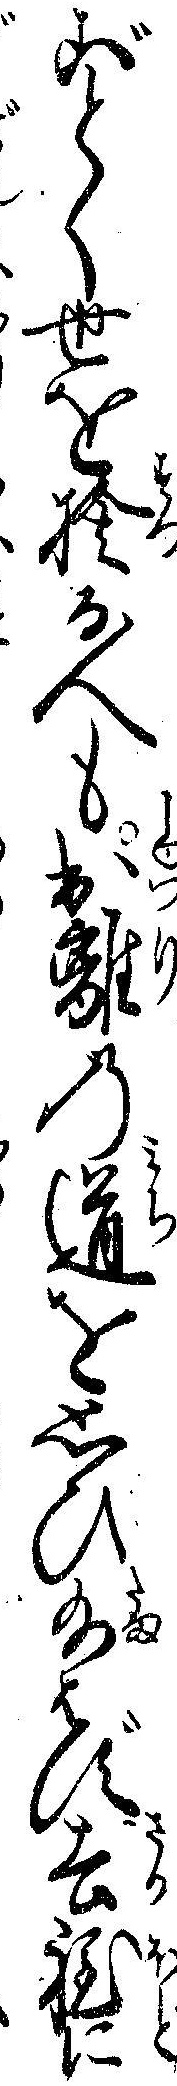
ごとく世を捨る人も出離の道を思ひ給はず去程に